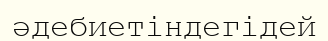
әдебиетіндегідей